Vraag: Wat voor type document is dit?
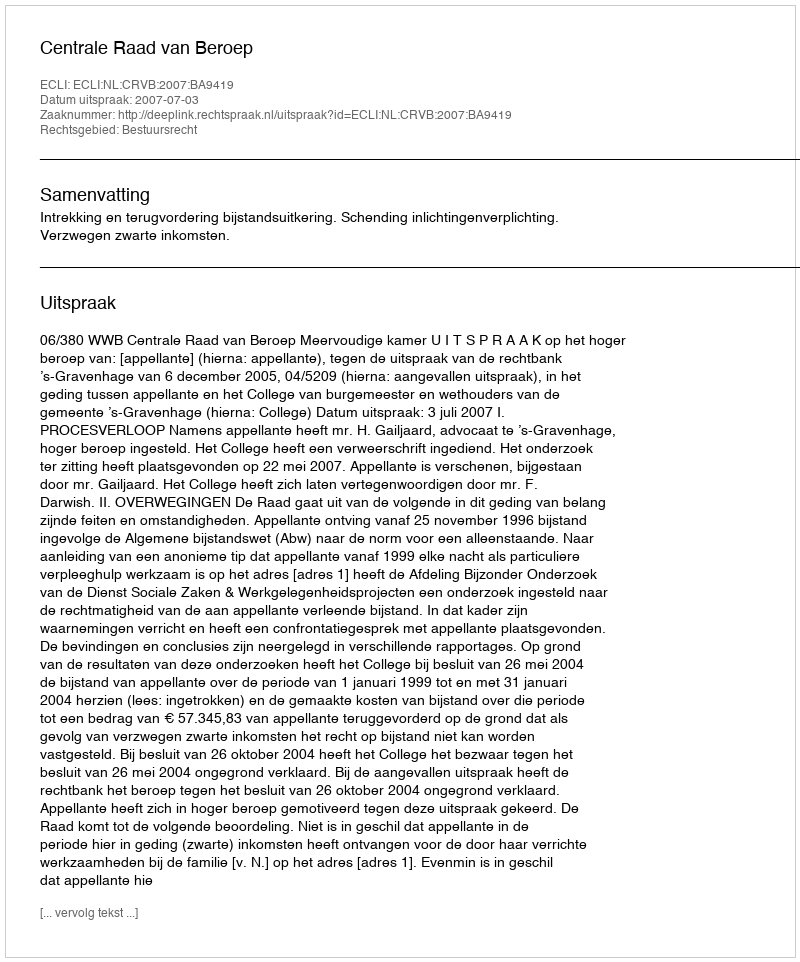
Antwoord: Uitspraak